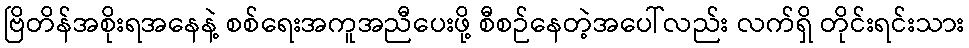
ဗြိတိန်အစိုးရအနေနဲ့ စစ်ရေးအကူအညီပေးဖို့ စီစဉ်နေတဲ့အပေါ်လည်း လက်ရှိ တိုင်းရင်းသား